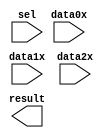
module mux_4_11 (
	data0x,
	data1x,
	data2x,
	sel,
	result);

	input	[9:0]  data0x;
	input	[9:0]  data1x;
	input	[9:0]  data2x;
	input	[1:0]  sel;
	output	[9:0]  result;

endmodule